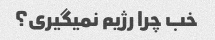
خب چرا رژیم نمیگیری؟